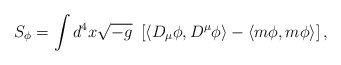
\begin{align*}S_\phi = \int d^4 x \sqrt{- g}\ \left[\langle D_\mu \phi , D^\mu\phi \rangle - \langle m\phi, m \phi \rangle \right], \end{align*}